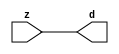

//------> /package/eda/mg/Catapult_10.3d/Mgc_home/pkgs/siflibs/mgc_in_wire_v2.v 
//------------------------------------------------------------------------------
// Catapult Synthesis - Sample I/O Port Library
//
// Copyright (c) 2003-2017 Mentor Graphics Corp.
//       All Rights Reserved
//
// This document may be used and distributed without restriction provided that
// this copyright statement is not removed from the file and that any derivative
// work contains this copyright notice.
//
// The design information contained in this file is intended to be an example
// of the functionality which the end user may study in preparation for creating
// their own custom interfaces. This design does not necessarily present a 
// complete implementation of the named protocol or standard.
//
//------------------------------------------------------------------------------


module mgc_in_wire_v2 (d, z);

  parameter integer rscid = 1;
  parameter integer width = 8;

  output [width-1:0] d;
  input  [width-1:0] z;

  wire   [width-1:0] d;

  assign d = z;

endmodule


//------> /package/eda/mg/Catapult_10.3d/Mgc_home/pkgs/siflibs/ccs_in_v1.v 
//------------------------------------------------------------------------------
// Catapult Synthesis - Sample I/O Port Library
//
// Copyright (c) 2003-2017 Mentor Graphics Corp.
//       All Rights Reserved
//
// This document may be used and distributed without restriction provided that
// this copyright statement is not removed from the file and that any derivative
// work contains this copyright notice.
//
// The design information contained in this file is intended to be an example
// of the functionality which the end user may study in preparation for creating
// their own custom interfaces. This design does not necessarily present a 
// complete implementation of the named protocol or standard.
//
//------------------------------------------------------------------------------


module ccs_in_v1 (idat, dat);

  parameter integer rscid = 1;
  parameter integer width = 8;

  output [width-1:0] idat;
  input  [width-1:0] dat;

  wire   [width-1:0] idat;

  assign idat = dat;

endmodule


//------> /package/eda/mg/Catapult_10.3d/Mgc_home/pkgs/siflibs/ccs_out_v1.v 
//------------------------------------------------------------------------------
// Catapult Synthesis - Sample I/O Port Library
//
// Copyright (c) 2003-2015 Mentor Graphics Corp.
//       All Rights Reserved
//
// This document may be used and distributed without restriction provided that
// this copyright statement is not removed from the file and that any derivative
// work contains this copyright notice.
//
// The design information contained in this file is intended to be an example
// of the functionality which the end user may study in preparation for creating
// their own custom interfaces. This design does not necessarily present a 
// complete implementation of the named protocol or standard.
//
//------------------------------------------------------------------------------

module ccs_out_v1 (dat, idat);

  parameter integer rscid = 1;
  parameter integer width = 8;

  output   [width-1:0] dat;
  input    [width-1:0] idat;

  wire     [width-1:0] dat;

  assign dat = idat;

endmodule




//------> /package/eda/mg/Catapult_10.3d/Mgc_home/pkgs/siflibs/mgc_io_sync_v2.v 
//------------------------------------------------------------------------------
// Catapult Synthesis - Sample I/O Port Library
//
// Copyright (c) 2003-2017 Mentor Graphics Corp.
//       All Rights Reserved
//
// This document may be used and distributed without restriction provided that
// this copyright statement is not removed from the file and that any derivative
// work contains this copyright notice.
//
// The design information contained in this file is intended to be an example
// of the functionality which the end user may study in preparation for creating
// their own custom interfaces. This design does not necessarily present a 
// complete implementation of the named protocol or standard.
//
//------------------------------------------------------------------------------


module mgc_io_sync_v2 (ld, lz);
    parameter valid = 0;

    input  ld;
    output lz;

    wire   lz;

    assign lz = ld;

endmodule


//------> /package/eda/mg/Catapult_10.3d/Mgc_home/pkgs/ccs_altera/hdl/M10K_DP.v 
// Memory Type:            M10K
// Operating Mode:         Simple Dual Port (2-PORT)
// Clock Mode:             Single Clock

// RTL Code RW Resolution: write-thru 
// Hardware RW Resolution: dont care 
// Catapult RW Resolution: unknown 

// HDL Work Library:       Altera_RAMS_lib
// Component Name:         M10K_DP

module M10K_DP
#(
  parameter data_width = 8,
  parameter addr_width = 7,
  parameter depth = 128 
)(
  clk, adra, adrb, wea, web, da, db, rea, reb, qa, qb
);

  input clk;                     // Rising edge clock
  input [addr_width-1:0] adra;   // Port A - Address
  input [addr_width-1:0] adrb;   // Port B - Address
  input wea;                     // Port A - Write-enable active high
  input web;                     // Port B - Write-enable active high
  input [data_width-1:0] da;     // Port A - Data In
  input [data_width-1:0] db;     // Port B - Data In
  input rea;                     // Port A - Read-enable active high
  input reb;                     // Port B - Read-enable active high
  output[data_width-1:0] qa;     // Port A - Data Out
  output[data_width-1:0] qb;     // Port B - Data Out

  reg [data_width-1:0] qa;
  reg [data_width-1:0] qb;

  (* ramstyle = "no_rw_check, M10K" *)
  reg [data_width-1:0] mem [depth-1:0]; /* synthesis syn_ramstyle = "no_rw_check, M10K" */

  always @(posedge clk) begin
    if (wea) begin
      mem[adra] <= da;
    end
    if (rea) begin
      qa <= mem[adra];
    end
  end

  always @(posedge clk) begin
    if (web) begin
      mem[adrb] <= db;
    end
    if (reb) begin
      qb <= mem[adrb] ;
    end
  end

endmodule


//------> ./rtl.v 
// ----------------------------------------------------------------------
//  HLS HDL:        Verilog Netlister
//  HLS Version:    10.3d/815731 Production Release
//  HLS Date:       Wed Apr 24 14:54:19 PDT 2019
// 
//  Generated by:   695r48@ecegrid-thin4.ecn.purdue.edu
//  Generated date: Wed Nov 10 15:49:20 2021
// ----------------------------------------------------------------------

// 
// ------------------------------------------------------------------
//  Design Unit:    fir_Altera_M10K_M10K_DP_rwport_4_16_5_32_32_16_gen
// ------------------------------------------------------------------


module fir_Altera_M10K_M10K_DP_rwport_4_16_5_32_32_16_gen (
  qb, reb, db, web, adrb, qa, rea, da, wea, adra, adra_d, wea_d, da_d, rea_d, qa_d,
      rwportA_rw_ram_ir_internal_RMASK_B_d, rwportA_rw_ram_ir_internal_WMASK_B_d
);
  input [15:0] qb;
  output reb;
  output [15:0] db;
  output web;
  output [4:0] adrb;
  input [15:0] qa;
  output rea;
  output [15:0] da;
  output wea;
  output [4:0] adra;
  input [9:0] adra_d;
  input [1:0] wea_d;
  input [31:0] da_d;
  input [1:0] rea_d;
  output [31:0] qa_d;
  input [1:0] rwportA_rw_ram_ir_internal_RMASK_B_d;
  input [1:0] rwportA_rw_ram_ir_internal_WMASK_B_d;



  // Interconnect Declarations for Component Instantiations 
  assign qa_d[31:16] = qb;
  assign reb = (rwportA_rw_ram_ir_internal_RMASK_B_d[1]);
  assign db = (da_d[31:16]);
  assign web = (rwportA_rw_ram_ir_internal_WMASK_B_d[1]);
  assign adrb = (adra_d[9:5]);
  assign qa_d[15:0] = qa;
  assign rea = (rwportA_rw_ram_ir_internal_RMASK_B_d[0]);
  assign da = (da_d[15:0]);
  assign wea = (rwportA_rw_ram_ir_internal_WMASK_B_d[0]);
  assign adra = (adra_d[4:0]);
endmodule

// ------------------------------------------------------------------
//  Design Unit:    fir_core_core_fsm
//  FSM Module
// ------------------------------------------------------------------


module fir_core_core_fsm (
  clk, rst, fsm_output, regs_vinit_C_1_tr0, MAC_C_5_tr0
);
  input clk;
  input rst;
  output [14:0] fsm_output;
  reg [14:0] fsm_output;
  input regs_vinit_C_1_tr0;
  input MAC_C_5_tr0;


  // FSM State Type Declaration for fir_core_core_fsm_1
  parameter
    core_rlp_C_0 = 4'd0,
    regs_vinit_C_0 = 4'd1,
    regs_vinit_C_1 = 4'd2,
    main_C_0 = 4'd3,
    main_C_1 = 4'd4,
    MAC_C_0 = 4'd5,
    MAC_C_1 = 4'd6,
    MAC_C_2 = 4'd7,
    MAC_C_3 = 4'd8,
    MAC_C_4 = 4'd9,
    MAC_C_5 = 4'd10,
    MAC_C_6 = 4'd11,
    MAC_C_7 = 4'd12,
    MAC_C_8 = 4'd13,
    main_C_2 = 4'd14;

  reg [3:0] state_var;
  reg [3:0] state_var_NS;


  // Interconnect Declarations for Component Instantiations 
  always @(*)
  begin : fir_core_core_fsm_1
    case (state_var)
      regs_vinit_C_0 : begin
        fsm_output = 15'b000000000000010;
        state_var_NS = regs_vinit_C_1;
      end
      regs_vinit_C_1 : begin
        fsm_output = 15'b000000000000100;
        if ( regs_vinit_C_1_tr0 ) begin
          state_var_NS = regs_vinit_C_0;
        end
        else begin
          state_var_NS = main_C_0;
        end
      end
      main_C_0 : begin
        fsm_output = 15'b000000000001000;
        state_var_NS = main_C_1;
      end
      main_C_1 : begin
        fsm_output = 15'b000000000010000;
        state_var_NS = MAC_C_0;
      end
      MAC_C_0 : begin
        fsm_output = 15'b000000000100000;
        state_var_NS = MAC_C_1;
      end
      MAC_C_1 : begin
        fsm_output = 15'b000000001000000;
        state_var_NS = MAC_C_2;
      end
      MAC_C_2 : begin
        fsm_output = 15'b000000010000000;
        state_var_NS = MAC_C_3;
      end
      MAC_C_3 : begin
        fsm_output = 15'b000000100000000;
        state_var_NS = MAC_C_4;
      end
      MAC_C_4 : begin
        fsm_output = 15'b000001000000000;
        state_var_NS = MAC_C_5;
      end
      MAC_C_5 : begin
        fsm_output = 15'b000010000000000;
        if ( MAC_C_5_tr0 ) begin
          state_var_NS = main_C_2;
        end
        else begin
          state_var_NS = MAC_C_6;
        end
      end
      MAC_C_6 : begin
        fsm_output = 15'b000100000000000;
        state_var_NS = MAC_C_7;
      end
      MAC_C_7 : begin
        fsm_output = 15'b001000000000000;
        state_var_NS = MAC_C_8;
      end
      MAC_C_8 : begin
        fsm_output = 15'b010000000000000;
        state_var_NS = MAC_C_0;
      end
      main_C_2 : begin
        fsm_output = 15'b100000000000000;
        state_var_NS = main_C_0;
      end
      // core_rlp_C_0
      default : begin
        fsm_output = 15'b000000000000001;
        state_var_NS = regs_vinit_C_0;
      end
    endcase
  end

  always @(posedge clk) begin
    if ( rst ) begin
      state_var <= core_rlp_C_0;
    end
    else begin
      state_var <= state_var_NS;
    end
  end

endmodule

// ------------------------------------------------------------------
//  Design Unit:    fir_core
// ------------------------------------------------------------------


module fir_core (
  clk, rst, coeffs_rsc_z, coeffs_rsc_triosy_lz, in1_rsc_dat, in1_rsc_triosy_lz, out1_rsc_dat,
      out1_rsc_triosy_lz, regs_rsci_adra_d, regs_rsci_wea_d, regs_rsci_da_d, regs_rsci_rea_d,
      regs_rsci_qa_d, regs_rsci_rwportA_rw_ram_ir_internal_RMASK_B_d, regs_rsci_rwportA_rw_ram_ir_internal_WMASK_B_d
);
  input clk;
  input rst;
  input [511:0] coeffs_rsc_z;
  output coeffs_rsc_triosy_lz;
  input [15:0] in1_rsc_dat;
  output in1_rsc_triosy_lz;
  output [15:0] out1_rsc_dat;
  output out1_rsc_triosy_lz;
  output [9:0] regs_rsci_adra_d;
  output [1:0] regs_rsci_wea_d;
  output [15:0] regs_rsci_da_d;
  output [1:0] regs_rsci_rea_d;
  input [31:0] regs_rsci_qa_d;
  output [1:0] regs_rsci_rwportA_rw_ram_ir_internal_RMASK_B_d;
  output [1:0] regs_rsci_rwportA_rw_ram_ir_internal_WMASK_B_d;


  // Interconnect Declarations
  wire [511:0] coeffs_rsci_d;
  wire [15:0] in1_rsci_idat;
  reg [15:0] out1_rsci_idat;
  wire [14:0] fsm_output;
  wire [4:0] MAC_6_else_acc_tmp;
  wire [5:0] nl_MAC_6_else_acc_tmp;
  wire or_dcpl_14;
  wire or_dcpl_15;
  wire or_dcpl_16;
  wire or_tmp_51;
  wire [4:0] wptr_4_0_5_lpi_2_dfm_mx0w1;
  wire [4:0] wptr_4_0_4_lpi_2_dfm_1;
  reg [4:0] wptr_4_0_4_sva_1;
  wire [4:0] wptr_4_0_3_lpi_2_dfm_mx0w1;
  wire [4:0] wptr_4_0_lpi_2_dfm_1;
  reg [4:0] wptr_4_0_1_sva;
  reg [5:0] MAC_i_5_0_5_sva;
  wire [6:0] nl_MAC_i_5_0_5_sva;
  reg regs_regs_nor_itm;
  wire [4:0] wptr_4_0_6_lpi_2_dfm_mx0w2;
  wire [4:0] wptr_4_0_2_lpi_2_dfm_1;
  reg [4:0] regs_acc_itm;
  reg MAC_MAC_nor_11_itm;
  wire or_33_seb;
  reg reg_out1_rsc_triosy_obj_ld_cse;
  wire MAC_i_or_cse;
  wire reg_out1_out1_and_cse;
  reg [1:0] MAC_i_4_0_sva_4_3;
  reg MAC_i_4_0_sva_2;
  reg [1:0] MAC_i_4_0_sva_1_0;
  wire [4:0] MAC_1_acc_2_psp_sva_1;
  wire [5:0] nl_MAC_1_acc_2_psp_sva_1;
  wire [4:0] MAC_2_acc_2_psp_sva_1;
  wire [5:0] nl_MAC_2_acc_2_psp_sva_1;
  wire regs_and_cse;
  wire or_31_cse;
  wire regs_regs_or_rmff;
  wire or_93_tmp;
  wire [4:0] z_out;
  wire [5:0] nl_z_out;
  wire [4:0] z_out_1;
  wire [5:0] nl_z_out_1;
  wire [29:0] z_out_2;
  wire [30:0] nl_z_out_2;
  wire [15:0] z_out_3;
  wire [29:0] z_out_4;
  wire signed [31:0] nl_z_out_4;
  wire [29:0] z_out_5;
  wire signed [31:0] nl_z_out_5;
  wire [29:0] z_out_6;
  wire signed [31:0] nl_z_out_6;
  reg [29:0] acc_32_3_1_sva;
  reg [15:0] MAC_mux_itm;
  reg [29:0] MAC_3_mul_itm;
  reg [15:0] MAC_slc_regs_rsci_qa_d_31_16_itm;
  reg [15:0] MAC_mux_7_itm;
  reg [15:0] MAC_mux_8_itm;
  reg [29:0] MAC_2_mul_itm;
  reg [15:0] MAC_mux_10_itm;
  reg [15:0] MAC_slc_regs_rsci_qa_d_15_0_2_itm;
  reg [15:0] MAC_mux_11_itm;
  reg [15:0] MAC_mux_12_itm;
  reg [4:0] MAC_7_acc_2_itm;
  wire [5:0] nl_MAC_7_acc_2_itm;
  wire [4:0] MAC_3_acc_2_psp_sva_1;
  wire [5:0] nl_MAC_3_acc_2_psp_sva_1;
  wire [4:0] MAC_5_acc_2_psp_sva_1;
  wire [5:0] nl_MAC_5_acc_2_psp_sva_1;
  wire [29:0] acc_32_3_5_sva_1;
  wire [30:0] nl_acc_32_3_5_sva_1;
  reg [383:0] MAC_io_read_coeffs_rsc_cse_sva_447_64;
  wire or_83_tmp;

  wire[4:0] mux_nl;
  wire[0:0] and_164_nl;
  wire[0:0] not_52_nl;
  wire[4:0] MAC_3_else_acc_nl;
  wire[5:0] nl_MAC_3_else_acc_nl;
  wire[4:0] MAC_MAC_or_6_nl;
  wire[0:0] MAC_MAC_nor_12_nl;
  wire[0:0] MAC_and_10_nl;
  wire[0:0] MAC_and_11_nl;
  wire[0:0] MAC_and_12_nl;
  wire[0:0] MAC_and_13_nl;
  wire[0:0] MAC_and_14_nl;
  wire[0:0] MAC_and_5_nl;
  wire[0:0] MAC_and_6_nl;
  wire[0:0] MAC_and_7_nl;
  wire[0:0] MAC_and_8_nl;
  wire[0:0] MAC_and_9_nl;
  wire[0:0] MAC_MAC_nor_8_nl;
  wire[0:0] MAC_MAC_nor_11_nl;
  wire[0:0] MAC_and_nl;
  wire[0:0] MAC_and_1_nl;
  wire[0:0] MAC_and_2_nl;
  wire[0:0] MAC_and_3_nl;
  wire[0:0] MAC_and_4_nl;
  wire[0:0] MAC_and_19_nl;
  wire[0:0] MAC_and_20_nl;
  wire[0:0] MAC_and_21_nl;
  wire[0:0] MAC_and_22_nl;
  wire[29:0] MAC_acc_3_nl;
  wire[30:0] nl_MAC_acc_3_nl;
  wire[29:0] MAC_acc_5_nl;
  wire[30:0] nl_MAC_acc_5_nl;
  wire[0:0] MAC_and_15_nl;
  wire[0:0] MAC_and_16_nl;
  wire[0:0] MAC_and_17_nl;
  wire[29:0] MAC_acc_6_nl;
  wire[30:0] nl_MAC_acc_6_nl;
  wire[0:0] MAC_MAC_nor_7_nl;
  wire[4:0] MAC_5_else_acc_nl;
  wire[5:0] nl_MAC_5_else_acc_nl;
  wire[0:0] MAC_MAC_nor_10_nl;
  wire[4:0] MAC_4_else_acc_nl;
  wire[5:0] nl_MAC_4_else_acc_nl;
  wire[0:0] MAC_MAC_nor_9_nl;
  wire[0:0] MAC_MAC_nor_nl;
  wire[29:0] MAC_acc_nl;
  wire[30:0] nl_MAC_acc_nl;
  wire[4:0] regs_mux1h_1_nl;
  wire[4:0] regs_mux1h_5_nl;
  wire[0:0] regs_or_2_nl;
  wire[4:0] else_mux_2_nl;
  wire[4:0] regs_mux1h_7_nl;
  wire[29:0] MAC_mux_25_nl;
  wire[29:0] MAC_4_mul_1_nl;
  wire signed [31:0] nl_MAC_4_mul_1_nl;
  wire[15:0] MAC_mux_26_nl;
  wire[15:0] MAC_mux_27_nl;
  wire[15:0] MAC_mux_28_nl;
  wire[15:0] MAC_mux_29_nl;
  wire[4:0] MAC_mux_30_nl;

  // Interconnect Declarations for Component Instantiations 
  wire [0:0] nl_fir_core_core_fsm_inst_regs_vinit_C_1_tr0;
  assign nl_fir_core_core_fsm_inst_regs_vinit_C_1_tr0 = ~ regs_regs_nor_itm;
  wire [0:0] nl_fir_core_core_fsm_inst_MAC_C_5_tr0;
  assign nl_fir_core_core_fsm_inst_MAC_C_5_tr0 = MAC_i_5_0_5_sva[5];
  mgc_in_wire_v2 #(.rscid(32'sd1),
  .width(32'sd512)) coeffs_rsci (
      .d(coeffs_rsci_d),
      .z(coeffs_rsc_z)
    );
  ccs_in_v1 #(.rscid(32'sd2),
  .width(32'sd16)) in1_rsci (
      .dat(in1_rsc_dat),
      .idat(in1_rsci_idat)
    );
  ccs_out_v1 #(.rscid(32'sd3),
  .width(32'sd16)) out1_rsci (
      .idat(out1_rsci_idat),
      .dat(out1_rsc_dat)
    );
  mgc_io_sync_v2 #(.valid(32'sd0)) coeffs_rsc_triosy_obj (
      .ld(reg_out1_rsc_triosy_obj_ld_cse),
      .lz(coeffs_rsc_triosy_lz)
    );
  mgc_io_sync_v2 #(.valid(32'sd0)) in1_rsc_triosy_obj (
      .ld(reg_out1_rsc_triosy_obj_ld_cse),
      .lz(in1_rsc_triosy_lz)
    );
  mgc_io_sync_v2 #(.valid(32'sd0)) out1_rsc_triosy_obj (
      .ld(reg_out1_rsc_triosy_obj_ld_cse),
      .lz(out1_rsc_triosy_lz)
    );
  fir_core_core_fsm fir_core_core_fsm_inst (
      .clk(clk),
      .rst(rst),
      .fsm_output(fsm_output),
      .regs_vinit_C_1_tr0(nl_fir_core_core_fsm_inst_regs_vinit_C_1_tr0[0:0]),
      .MAC_C_5_tr0(nl_fir_core_core_fsm_inst_MAC_C_5_tr0[0:0])
    );
  assign reg_out1_out1_and_cse = (fsm_output[10]) & (MAC_i_5_0_5_sva[5]);
  assign or_31_cse = (fsm_output[3]) | (fsm_output[1]);
  assign regs_and_cse = (fsm_output[2]) & regs_regs_nor_itm;
  assign or_93_tmp = regs_and_cse | ((regs_acc_itm==5'b11111) & (fsm_output[14]));
  assign MAC_i_or_cse = (fsm_output[4]) | (fsm_output[10]);
  assign or_83_tmp = or_dcpl_14 | or_dcpl_15;
  assign MAC_MAC_nor_7_nl = ~((wptr_4_0_2_lpi_2_dfm_1!=5'b00000));
  assign wptr_4_0_3_lpi_2_dfm_mx0w1 = MUX_v_5_2_2(z_out_1, 5'b11111, (MAC_MAC_nor_7_nl));
  assign nl_MAC_5_else_acc_nl = wptr_4_0_5_lpi_2_dfm_mx0w1 + 5'b11111;
  assign MAC_5_else_acc_nl = nl_MAC_5_else_acc_nl[4:0];
  assign MAC_MAC_nor_10_nl = ~((wptr_4_0_5_lpi_2_dfm_mx0w1!=5'b00000));
  assign wptr_4_0_6_lpi_2_dfm_mx0w2 = MUX_v_5_2_2((MAC_5_else_acc_nl), 5'b11111,
      (MAC_MAC_nor_10_nl));
  assign nl_MAC_4_else_acc_nl = wptr_4_0_4_lpi_2_dfm_1 + 5'b11111;
  assign MAC_4_else_acc_nl = nl_MAC_4_else_acc_nl[4:0];
  assign MAC_MAC_nor_9_nl = ~((wptr_4_0_4_lpi_2_dfm_1!=5'b00000));
  assign wptr_4_0_5_lpi_2_dfm_mx0w1 = MUX_v_5_2_2((MAC_4_else_acc_nl), 5'b11111,
      (MAC_MAC_nor_9_nl));
  assign MAC_MAC_nor_nl = ~((wptr_4_0_1_sva!=5'b00000));
  assign wptr_4_0_2_lpi_2_dfm_1 = MUX_v_5_2_2(MAC_6_else_acc_tmp, 5'b11111, (MAC_MAC_nor_nl));
  assign nl_MAC_6_else_acc_tmp = wptr_4_0_1_sva + 5'b11111;
  assign MAC_6_else_acc_tmp = nl_MAC_6_else_acc_tmp[4:0];
  assign nl_MAC_3_acc_2_psp_sva_1 = MAC_2_acc_2_psp_sva_1 + 5'b00001;
  assign MAC_3_acc_2_psp_sva_1 = nl_MAC_3_acc_2_psp_sva_1[4:0];
  assign nl_MAC_1_acc_2_psp_sva_1 = ({MAC_i_4_0_sva_4_3 , MAC_i_4_0_sva_2 , MAC_i_4_0_sva_1_0})
      + 5'b00001;
  assign MAC_1_acc_2_psp_sva_1 = nl_MAC_1_acc_2_psp_sva_1[4:0];
  assign nl_MAC_2_acc_2_psp_sva_1 = MAC_1_acc_2_psp_sva_1 + 5'b00001;
  assign MAC_2_acc_2_psp_sva_1 = nl_MAC_2_acc_2_psp_sva_1[4:0];
  assign wptr_4_0_4_lpi_2_dfm_1 = MUX_v_5_2_2(wptr_4_0_4_sva_1, 5'b11111, MAC_MAC_nor_11_itm);
  assign nl_MAC_5_acc_2_psp_sva_1 = (MAC_i_5_0_5_sva[4:0]) + 5'b00001;
  assign MAC_5_acc_2_psp_sva_1 = nl_MAC_5_acc_2_psp_sva_1[4:0];
  assign wptr_4_0_lpi_2_dfm_1 = MUX_v_5_2_2(MAC_6_else_acc_tmp, 5'b11111, MAC_MAC_nor_11_itm);
  assign nl_MAC_acc_nl = MAC_3_mul_itm + acc_32_3_1_sva;
  assign MAC_acc_nl = nl_MAC_acc_nl[29:0];
  assign nl_acc_32_3_5_sva_1 = (MAC_acc_nl) + MAC_2_mul_itm;
  assign acc_32_3_5_sva_1 = nl_acc_32_3_5_sva_1[29:0];
  assign or_dcpl_14 = (fsm_output[9:8]!=2'b00);
  assign or_dcpl_15 = (fsm_output[7]) | (fsm_output[10]);
  assign or_dcpl_16 = (fsm_output[9]) | (fsm_output[6]);
  assign or_tmp_51 = or_dcpl_14 | (fsm_output[7]);
  assign regs_regs_or_rmff = (fsm_output[8:5]!=4'b0000);
  assign or_33_seb = (fsm_output[7:5]!=3'b000);
  assign regs_mux1h_1_nl = MUX1HOT_v_5_3_2(wptr_4_0_1_sva, wptr_4_0_4_lpi_2_dfm_1,
      wptr_4_0_4_sva_1, {(fsm_output[5]) , (fsm_output[6]) , (fsm_output[7])});
  assign regs_or_2_nl = (fsm_output[6]) | (fsm_output[8]);
  assign regs_mux1h_5_nl = MUX1HOT_v_5_4_2(regs_acc_itm, wptr_4_0_2_lpi_2_dfm_1,
      wptr_4_0_1_sva, wptr_4_0_lpi_2_dfm_1, {or_31_cse , (fsm_output[5]) , (regs_or_2_nl)
      , (fsm_output[7])});
  assign regs_rsci_adra_d = {(regs_mux1h_1_nl) , (regs_mux1h_5_nl)};
  assign regs_rsci_wea_d = {1'b0 , or_31_cse};
  assign regs_rsci_rea_d = {or_33_seb , regs_regs_or_rmff};
  assign regs_rsci_rwportA_rw_ram_ir_internal_RMASK_B_d = {or_33_seb , regs_regs_or_rmff};
  assign regs_rsci_rwportA_rw_ram_ir_internal_WMASK_B_d = {1'b0 , or_31_cse};
  assign regs_rsci_da_d = MUX_v_16_2_2(16'b0000000000000000, in1_rsci_idat, (fsm_output[3]));
  always @(posedge clk) begin
    if ( rst ) begin
      reg_out1_rsc_triosy_obj_ld_cse <= 1'b0;
      regs_regs_nor_itm <= 1'b0;
      MAC_i_4_0_sva_2 <= 1'b0;
      wptr_4_0_4_sva_1 <= 5'b00000;
      MAC_io_read_coeffs_rsc_cse_sva_447_64 <= 384'b000000000000000000000000000000000000000000000000000000000000000000000000000000000000000000000000000000000000000000000000000000000000000000000000000000000000000000000000000000000000000000000000000000000000000000000000000000000000000000000000000000000000000000000000000000000000000000000000000000000000000000000000000000000000000000000000000000000000000000000000000000000000000000000000;
      MAC_MAC_nor_11_itm <= 1'b0;
    end
    else begin
      reg_out1_rsc_triosy_obj_ld_cse <= reg_out1_out1_and_cse;
      regs_regs_nor_itm <= ~((regs_acc_itm!=5'b00000));
      MAC_i_4_0_sva_2 <= fsm_output[13];
      wptr_4_0_4_sva_1 <= MUX1HOT_v_5_4_2((MAC_3_else_acc_nl), wptr_4_0_5_lpi_2_dfm_mx0w1,
          (MAC_MAC_or_6_nl), wptr_4_0_4_sva_1, {(fsm_output[5]) , (fsm_output[6])
          , (fsm_output[7]) , or_dcpl_14});
      MAC_io_read_coeffs_rsc_cse_sva_447_64 <= coeffs_rsci_d[447:64];
      MAC_MAC_nor_11_itm <= MUX_s_1_2_2((MAC_MAC_nor_8_nl), (MAC_MAC_nor_11_nl),
          fsm_output[6]);
    end
  end
  always @(posedge clk) begin
    if ( rst ) begin
      out1_rsci_idat <= 16'b0000000000000000;
    end
    else if ( reg_out1_out1_and_cse ) begin
      out1_rsci_idat <= acc_32_3_5_sva_1[29:14];
    end
  end
  always @(posedge clk) begin
    if ( rst ) begin
      regs_acc_itm <= 5'b11111;
    end
    else if ( regs_and_cse | (fsm_output[1]) | (fsm_output[14]) ) begin
      regs_acc_itm <= MUX_v_5_2_2(5'b00000, (mux_nl), (not_52_nl));
    end
  end
  always @(posedge clk) begin
    if ( rst ) begin
      wptr_4_0_1_sva <= 5'b00000;
    end
    else if ( (fsm_output[4]) | (fsm_output[5]) | (fsm_output[6]) | (fsm_output[10])
        ) begin
      wptr_4_0_1_sva <= MUX1HOT_v_5_4_2(regs_acc_itm, wptr_4_0_3_lpi_2_dfm_mx0w1,
          wptr_4_0_6_lpi_2_dfm_mx0w2, wptr_4_0_4_sva_1, {(fsm_output[4]) , (fsm_output[5])
          , (fsm_output[6]) , (fsm_output[10])});
    end
  end
  always @(posedge clk) begin
    if ( rst ) begin
      acc_32_3_1_sva <= 30'b000000000000000000000000000000;
    end
    else if ( (fsm_output[13]) | (fsm_output[4]) ) begin
      acc_32_3_1_sva <= MUX_v_30_2_2(30'b000000000000000000000000000000, z_out_2,
          (fsm_output[13]));
    end
  end
  always @(posedge clk) begin
    if ( rst ) begin
      MAC_i_4_0_sva_4_3 <= 2'b00;
      MAC_i_4_0_sva_1_0 <= 2'b00;
    end
    else if ( MAC_i_or_cse ) begin
      MAC_i_4_0_sva_4_3 <= MUX_v_2_2_2(2'b00, (MAC_7_acc_2_itm[4:3]), (fsm_output[10]));
      MAC_i_4_0_sva_1_0 <= MUX_v_2_2_2(2'b00, (MAC_7_acc_2_itm[1:0]), (fsm_output[10]));
    end
  end
  always @(posedge clk) begin
    if ( rst ) begin
      MAC_i_5_0_5_sva <= 6'b000000;
    end
    else if ( fsm_output[5] ) begin
      MAC_i_5_0_5_sva <= nl_MAC_i_5_0_5_sva[5:0];
    end
  end
  always @(posedge clk) begin
    if ( rst ) begin
      MAC_mux_7_itm <= 16'b0000000000000000;
    end
    else if ( fsm_output[5] ) begin
      MAC_mux_7_itm <= z_out_3;
    end
  end
  always @(posedge clk) begin
    if ( rst ) begin
      MAC_mux_8_itm <= 16'b0000000000000000;
    end
    else if ( ~(or_dcpl_16 | or_dcpl_15) ) begin
      MAC_mux_8_itm <= MUX1HOT_v_16_6_2((coeffs_rsci_d[15:0]), (coeffs_rsci_d[127:112]),
          (coeffs_rsci_d[239:224]), (coeffs_rsci_d[351:336]), (coeffs_rsci_d[463:448]),
          (regs_rsci_qa_d[15:0]), {(MAC_and_10_nl) , (MAC_and_11_nl) , (MAC_and_12_nl)
          , (MAC_and_13_nl) , (MAC_and_14_nl) , (fsm_output[8])});
    end
  end
  always @(posedge clk) begin
    if ( rst ) begin
      MAC_mux_itm <= 16'b0000000000000000;
    end
    else if ( ~ or_dcpl_16 ) begin
      MAC_mux_itm <= MUX1HOT_v_16_6_2((coeffs_rsci_d[47:32]), (coeffs_rsci_d[159:144]),
          (coeffs_rsci_d[271:256]), (coeffs_rsci_d[383:368]), (coeffs_rsci_d[495:480]),
          (regs_rsci_qa_d[31:16]), {(MAC_and_5_nl) , (MAC_and_6_nl) , (MAC_and_7_nl)
          , (MAC_and_8_nl) , (MAC_and_9_nl) , (fsm_output[8])});
    end
  end
  always @(posedge clk) begin
    if ( rst ) begin
      MAC_mux_10_itm <= 16'b0000000000000000;
    end
    else if ( ~ or_tmp_51 ) begin
      MAC_mux_10_itm <= MUX1HOT_v_16_9_2((coeffs_rsci_d[31:16]), (coeffs_rsci_d[143:128]),
          (coeffs_rsci_d[255:240]), (coeffs_rsci_d[367:352]), (coeffs_rsci_d[479:464]),
          (MAC_io_read_coeffs_rsc_cse_sva_447_64[15:0]), (MAC_io_read_coeffs_rsc_cse_sva_447_64[127:112]),
          (MAC_io_read_coeffs_rsc_cse_sva_447_64[239:224]), (MAC_io_read_coeffs_rsc_cse_sva_447_64[351:336]),
          {(MAC_and_nl) , (MAC_and_1_nl) , (MAC_and_2_nl) , (MAC_and_3_nl) , (MAC_and_4_nl)
          , (MAC_and_19_nl) , (MAC_and_20_nl) , (MAC_and_21_nl) , (MAC_and_22_nl)});
    end
  end
  always @(posedge clk) begin
    if ( rst ) begin
      MAC_2_mul_itm <= 30'b000000000000000000000000000000;
    end
    else if ( (fsm_output[11]) | (fsm_output[12]) | (fsm_output[6]) | (fsm_output[8])
        ) begin
      MAC_2_mul_itm <= MUX1HOT_v_30_4_2(z_out_4, (MAC_acc_3_nl), z_out_6, (MAC_acc_5_nl),
          {(fsm_output[6]) , (fsm_output[8]) , (fsm_output[11]) , (fsm_output[12])});
    end
  end
  always @(posedge clk) begin
    if ( rst ) begin
      MAC_mux_11_itm <= 16'b0000000000000000;
    end
    else if ( ~((fsm_output[11]) | (fsm_output[9]) | (fsm_output[8]) | or_dcpl_15)
        ) begin
      MAC_mux_11_itm <= z_out_3;
    end
  end
  always @(posedge clk) begin
    if ( rst ) begin
      MAC_mux_12_itm <= 16'b0000000000000000;
    end
    else if ( ~ or_83_tmp ) begin
      MAC_mux_12_itm <= MUX1HOT_v_16_4_2((MAC_io_read_coeffs_rsc_cse_sva_447_64[47:32]),
          (MAC_io_read_coeffs_rsc_cse_sva_447_64[159:144]), (MAC_io_read_coeffs_rsc_cse_sva_447_64[271:256]),
          (MAC_io_read_coeffs_rsc_cse_sva_447_64[383:368]), {(MAC_and_15_nl) , (MAC_and_16_nl)
          , (MAC_and_17_nl) , (~ (z_out[2]))});
    end
  end
  always @(posedge clk) begin
    if ( rst ) begin
      MAC_7_acc_2_itm <= 5'b00000;
    end
    else if ( ~ or_tmp_51 ) begin
      MAC_7_acc_2_itm <= nl_MAC_7_acc_2_itm[4:0];
    end
  end
  always @(posedge clk) begin
    if ( rst ) begin
      MAC_slc_regs_rsci_qa_d_15_0_2_itm <= 16'b0000000000000000;
    end
    else if ( ~((fsm_output[11]) | (fsm_output[7]) | (fsm_output[10])) ) begin
      MAC_slc_regs_rsci_qa_d_15_0_2_itm <= MUX_v_16_2_2((regs_rsci_qa_d[31:16]),
          (regs_rsci_qa_d[15:0]), fsm_output[9]);
    end
  end
  always @(posedge clk) begin
    if ( rst ) begin
      MAC_3_mul_itm <= 30'b000000000000000000000000000000;
    end
    else if ( (fsm_output[9]) | (fsm_output[7]) | (fsm_output[10]) ) begin
      MAC_3_mul_itm <= MUX1HOT_v_30_3_2(z_out_4, z_out_2, (MAC_acc_6_nl), {(fsm_output[7])
          , (fsm_output[9]) , (fsm_output[10])});
    end
  end
  always @(posedge clk) begin
    if ( rst ) begin
      MAC_slc_regs_rsci_qa_d_31_16_itm <= 16'b0000000000000000;
    end
    else if ( fsm_output[7] ) begin
      MAC_slc_regs_rsci_qa_d_31_16_itm <= regs_rsci_qa_d[31:16];
    end
  end
  assign nl_MAC_3_else_acc_nl = wptr_4_0_3_lpi_2_dfm_mx0w1 + 5'b11111;
  assign MAC_3_else_acc_nl = nl_MAC_3_else_acc_nl[4:0];
  assign MAC_MAC_nor_12_nl = ~((wptr_4_0_lpi_2_dfm_1!=5'b00000));
  assign MAC_MAC_or_6_nl = MUX_v_5_2_2(z_out_1, 5'b11111, (MAC_MAC_nor_12_nl));
  assign MAC_MAC_nor_8_nl = ~((wptr_4_0_3_lpi_2_dfm_mx0w1!=5'b00000));
  assign MAC_MAC_nor_11_nl = ~((wptr_4_0_6_lpi_2_dfm_mx0w2!=5'b00000));
  assign and_164_nl = (fsm_output[14]) & (~ or_93_tmp);
  assign mux_nl = MUX_v_5_2_2(z_out_1, z_out, and_164_nl);
  assign not_52_nl = ~ or_93_tmp;
  assign nl_MAC_i_5_0_5_sva  = conv_u2s_5_6(MAC_3_acc_2_psp_sva_1) + 6'b000001;
  assign MAC_and_10_nl = (~((MAC_i_4_0_sva_4_3!=2'b00) | MAC_i_4_0_sva_2 | (MAC_i_4_0_sva_1_0!=2'b00)))
      & (fsm_output[5]);
  assign MAC_and_11_nl = MAC_i_4_0_sva_2 & (MAC_i_4_0_sva_1_0==2'b11) & (MAC_i_4_0_sva_4_3==2'b00)
      & (fsm_output[5]);
  assign MAC_and_12_nl = (MAC_i_4_0_sva_4_3[0]) & MAC_i_4_0_sva_2 & (MAC_i_4_0_sva_1_0[1])
      & (~((MAC_i_4_0_sva_4_3[1]) | (MAC_i_4_0_sva_1_0[0]))) & (fsm_output[5]);
  assign MAC_and_13_nl = (MAC_i_4_0_sva_4_3[1]) & MAC_i_4_0_sva_2 & (MAC_i_4_0_sva_1_0[0])
      & (~((MAC_i_4_0_sva_4_3[0]) | (MAC_i_4_0_sva_1_0[1]))) & (fsm_output[5]);
  assign MAC_and_14_nl = (MAC_i_4_0_sva_4_3==2'b11) & MAC_i_4_0_sva_2 & (MAC_i_4_0_sva_1_0==2'b00)
      & (fsm_output[5]);
  assign MAC_and_5_nl = (MAC_2_acc_2_psp_sva_1==5'b00010) & (fsm_output[5]);
  assign MAC_and_6_nl = (MAC_2_acc_2_psp_sva_1==5'b01001) & (fsm_output[5]);
  assign MAC_and_7_nl = (MAC_2_acc_2_psp_sva_1==5'b10000) & (fsm_output[5]);
  assign MAC_and_8_nl = (MAC_2_acc_2_psp_sva_1==5'b10111) & (fsm_output[5]);
  assign MAC_and_9_nl = (MAC_2_acc_2_psp_sva_1==5'b11110) & (fsm_output[5]);
  assign MAC_and_nl = (MAC_1_acc_2_psp_sva_1==5'b00001) & (fsm_output[5]);
  assign MAC_and_1_nl = (MAC_1_acc_2_psp_sva_1==5'b01000) & (fsm_output[5]);
  assign MAC_and_2_nl = (MAC_1_acc_2_psp_sva_1==5'b01111) & (fsm_output[5]);
  assign MAC_and_3_nl = (MAC_1_acc_2_psp_sva_1==5'b10110) & (fsm_output[5]);
  assign MAC_and_4_nl = (MAC_1_acc_2_psp_sva_1==5'b11101) & (fsm_output[5]);
  assign MAC_and_19_nl = (MAC_i_5_0_5_sva[4:0]==5'b00100) & (fsm_output[6]);
  assign MAC_and_20_nl = (MAC_i_5_0_5_sva[4:0]==5'b01011) & (fsm_output[6]);
  assign MAC_and_21_nl = (MAC_i_5_0_5_sva[4:0]==5'b10010) & (fsm_output[6]);
  assign MAC_and_22_nl = (MAC_i_5_0_5_sva[4:0]==5'b11001) & (fsm_output[6]);
  assign nl_MAC_acc_3_nl = z_out_5 + MAC_2_mul_itm;
  assign MAC_acc_3_nl = nl_MAC_acc_3_nl[29:0];
  assign nl_MAC_acc_5_nl = z_out_5 + MAC_2_mul_itm;
  assign MAC_acc_5_nl = nl_MAC_acc_5_nl[29:0];
  assign MAC_and_15_nl = (z_out==5'b00110) & (~ or_83_tmp);
  assign MAC_and_16_nl = (z_out==5'b01101) & (~ or_83_tmp);
  assign MAC_and_17_nl = (z_out==5'b10100) & (~ or_83_tmp);
  assign nl_MAC_7_acc_2_itm  = z_out + 5'b00001;
  assign nl_MAC_acc_6_nl = acc_32_3_5_sva_1 + z_out_6;
  assign MAC_acc_6_nl = nl_MAC_acc_6_nl[29:0];
  assign else_mux_2_nl = MUX_v_5_2_2(regs_acc_itm, MAC_5_acc_2_psp_sva_1, fsm_output[6]);
  assign nl_z_out = (else_mux_2_nl) + 5'b00001;
  assign z_out = nl_z_out[4:0];
  assign regs_mux1h_7_nl = MUX1HOT_v_5_3_2(regs_acc_itm, wptr_4_0_lpi_2_dfm_1, wptr_4_0_2_lpi_2_dfm_1,
      {(fsm_output[1]) , (fsm_output[7]) , (fsm_output[5])});
  assign nl_z_out_1 = (regs_mux1h_7_nl) + 5'b11111;
  assign z_out_1 = nl_z_out_1[4:0];
  assign nl_MAC_4_mul_1_nl = $signed(MAC_slc_regs_rsci_qa_d_31_16_itm) * $signed(MAC_mux_7_itm);
  assign MAC_4_mul_1_nl = nl_MAC_4_mul_1_nl[29:0];
  assign MAC_mux_25_nl = MUX_v_30_2_2(MAC_2_mul_itm, (MAC_4_mul_1_nl), fsm_output[9]);
  assign nl_z_out_2 = MAC_3_mul_itm + (MAC_mux_25_nl);
  assign z_out_2 = nl_z_out_2[29:0];
  assign MAC_mux_26_nl = MUX_v_16_2_2(MAC_mux_10_itm, MAC_mux_itm, fsm_output[7]);
  assign nl_z_out_4 = $signed((regs_rsci_qa_d[15:0])) * $signed((MAC_mux_26_nl));
  assign z_out_4 = nl_z_out_4[29:0];
  assign MAC_mux_27_nl = MUX_v_16_2_2(MAC_mux_8_itm, MAC_mux_11_itm, fsm_output[12]);
  assign nl_z_out_5 = $signed(MAC_slc_regs_rsci_qa_d_15_0_2_itm) * $signed((MAC_mux_27_nl));
  assign z_out_5 = nl_z_out_5[29:0];
  assign MAC_mux_28_nl = MUX_v_16_2_2(MAC_mux_8_itm, MAC_mux_itm, fsm_output[10]);
  assign MAC_mux_29_nl = MUX_v_16_2_2(MAC_mux_12_itm, MAC_mux_10_itm, fsm_output[10]);
  assign nl_z_out_6 = $signed((MAC_mux_28_nl)) * $signed((MAC_mux_29_nl));
  assign z_out_6 = nl_z_out_6[29:0];
  assign MAC_mux_30_nl = MUX_v_5_2_2(MAC_3_acc_2_psp_sva_1, MAC_5_acc_2_psp_sva_1,
      fsm_output[6]);
  assign z_out_3 = MUX_v_16_32_2x0x1x2x4x6x7x8x9x11x13x14x15x16x18x20x21x22x23x25x27x28x29x30((coeffs_rsci_d[63:48]),
      (MAC_io_read_coeffs_rsc_cse_sva_447_64[31:16]), (coeffs_rsci_d[175:160]), (MAC_io_read_coeffs_rsc_cse_sva_447_64[143:128]),
      (coeffs_rsci_d[287:272]), (MAC_io_read_coeffs_rsc_cse_sva_447_64[255:240]),
      (coeffs_rsci_d[399:384]), (MAC_io_read_coeffs_rsc_cse_sva_447_64[367:352]),
      (coeffs_rsci_d[511:496]), MAC_mux_30_nl);

  function automatic [15:0] MUX1HOT_v_16_4_2;
    input [15:0] input_3;
    input [15:0] input_2;
    input [15:0] input_1;
    input [15:0] input_0;
    input [3:0] sel;
    reg [15:0] result;
  begin
    result = input_0 & {16{sel[0]}};
    result = result | ( input_1 & {16{sel[1]}});
    result = result | ( input_2 & {16{sel[2]}});
    result = result | ( input_3 & {16{sel[3]}});
    MUX1HOT_v_16_4_2 = result;
  end
  endfunction


  function automatic [15:0] MUX1HOT_v_16_6_2;
    input [15:0] input_5;
    input [15:0] input_4;
    input [15:0] input_3;
    input [15:0] input_2;
    input [15:0] input_1;
    input [15:0] input_0;
    input [5:0] sel;
    reg [15:0] result;
  begin
    result = input_0 & {16{sel[0]}};
    result = result | ( input_1 & {16{sel[1]}});
    result = result | ( input_2 & {16{sel[2]}});
    result = result | ( input_3 & {16{sel[3]}});
    result = result | ( input_4 & {16{sel[4]}});
    result = result | ( input_5 & {16{sel[5]}});
    MUX1HOT_v_16_6_2 = result;
  end
  endfunction


  function automatic [15:0] MUX1HOT_v_16_9_2;
    input [15:0] input_8;
    input [15:0] input_7;
    input [15:0] input_6;
    input [15:0] input_5;
    input [15:0] input_4;
    input [15:0] input_3;
    input [15:0] input_2;
    input [15:0] input_1;
    input [15:0] input_0;
    input [8:0] sel;
    reg [15:0] result;
  begin
    result = input_0 & {16{sel[0]}};
    result = result | ( input_1 & {16{sel[1]}});
    result = result | ( input_2 & {16{sel[2]}});
    result = result | ( input_3 & {16{sel[3]}});
    result = result | ( input_4 & {16{sel[4]}});
    result = result | ( input_5 & {16{sel[5]}});
    result = result | ( input_6 & {16{sel[6]}});
    result = result | ( input_7 & {16{sel[7]}});
    result = result | ( input_8 & {16{sel[8]}});
    MUX1HOT_v_16_9_2 = result;
  end
  endfunction


  function automatic [29:0] MUX1HOT_v_30_3_2;
    input [29:0] input_2;
    input [29:0] input_1;
    input [29:0] input_0;
    input [2:0] sel;
    reg [29:0] result;
  begin
    result = input_0 & {30{sel[0]}};
    result = result | ( input_1 & {30{sel[1]}});
    result = result | ( input_2 & {30{sel[2]}});
    MUX1HOT_v_30_3_2 = result;
  end
  endfunction


  function automatic [29:0] MUX1HOT_v_30_4_2;
    input [29:0] input_3;
    input [29:0] input_2;
    input [29:0] input_1;
    input [29:0] input_0;
    input [3:0] sel;
    reg [29:0] result;
  begin
    result = input_0 & {30{sel[0]}};
    result = result | ( input_1 & {30{sel[1]}});
    result = result | ( input_2 & {30{sel[2]}});
    result = result | ( input_3 & {30{sel[3]}});
    MUX1HOT_v_30_4_2 = result;
  end
  endfunction


  function automatic [4:0] MUX1HOT_v_5_3_2;
    input [4:0] input_2;
    input [4:0] input_1;
    input [4:0] input_0;
    input [2:0] sel;
    reg [4:0] result;
  begin
    result = input_0 & {5{sel[0]}};
    result = result | ( input_1 & {5{sel[1]}});
    result = result | ( input_2 & {5{sel[2]}});
    MUX1HOT_v_5_3_2 = result;
  end
  endfunction


  function automatic [4:0] MUX1HOT_v_5_4_2;
    input [4:0] input_3;
    input [4:0] input_2;
    input [4:0] input_1;
    input [4:0] input_0;
    input [3:0] sel;
    reg [4:0] result;
  begin
    result = input_0 & {5{sel[0]}};
    result = result | ( input_1 & {5{sel[1]}});
    result = result | ( input_2 & {5{sel[2]}});
    result = result | ( input_3 & {5{sel[3]}});
    MUX1HOT_v_5_4_2 = result;
  end
  endfunction


  function automatic [0:0] MUX_s_1_2_2;
    input [0:0] input_0;
    input [0:0] input_1;
    input [0:0] sel;
    reg [0:0] result;
  begin
    case (sel)
      1'b0 : begin
        result = input_0;
      end
      default : begin
        result = input_1;
      end
    endcase
    MUX_s_1_2_2 = result;
  end
  endfunction


  function automatic [15:0] MUX_v_16_2_2;
    input [15:0] input_0;
    input [15:0] input_1;
    input [0:0] sel;
    reg [15:0] result;
  begin
    case (sel)
      1'b0 : begin
        result = input_0;
      end
      default : begin
        result = input_1;
      end
    endcase
    MUX_v_16_2_2 = result;
  end
  endfunction


  function automatic [15:0] MUX_v_16_32_2x0x1x2x4x6x7x8x9x11x13x14x15x16x18x20x21x22x23x25x27x28x29x30;
    input [15:0] input_3;
    input [15:0] input_5;
    input [15:0] input_10;
    input [15:0] input_12;
    input [15:0] input_17;
    input [15:0] input_19;
    input [15:0] input_24;
    input [15:0] input_26;
    input [15:0] input_31;
    input [4:0] sel;
    reg [15:0] result;
  begin
    case (sel)
      5'b00011 : begin
        result = input_3;
      end
      5'b00101 : begin
        result = input_5;
      end
      5'b01010 : begin
        result = input_10;
      end
      5'b01100 : begin
        result = input_12;
      end
      5'b10001 : begin
        result = input_17;
      end
      5'b10011 : begin
        result = input_19;
      end
      5'b11000 : begin
        result = input_24;
      end
      5'b11010 : begin
        result = input_26;
      end
      default : begin
        result = input_31;
      end
    endcase
    MUX_v_16_32_2x0x1x2x4x6x7x8x9x11x13x14x15x16x18x20x21x22x23x25x27x28x29x30 =
        result;
  end
  endfunction


  function automatic [1:0] MUX_v_2_2_2;
    input [1:0] input_0;
    input [1:0] input_1;
    input [0:0] sel;
    reg [1:0] result;
  begin
    case (sel)
      1'b0 : begin
        result = input_0;
      end
      default : begin
        result = input_1;
      end
    endcase
    MUX_v_2_2_2 = result;
  end
  endfunction


  function automatic [29:0] MUX_v_30_2_2;
    input [29:0] input_0;
    input [29:0] input_1;
    input [0:0] sel;
    reg [29:0] result;
  begin
    case (sel)
      1'b0 : begin
        result = input_0;
      end
      default : begin
        result = input_1;
      end
    endcase
    MUX_v_30_2_2 = result;
  end
  endfunction


  function automatic [4:0] MUX_v_5_2_2;
    input [4:0] input_0;
    input [4:0] input_1;
    input [0:0] sel;
    reg [4:0] result;
  begin
    case (sel)
      1'b0 : begin
        result = input_0;
      end
      default : begin
        result = input_1;
      end
    endcase
    MUX_v_5_2_2 = result;
  end
  endfunction


  function automatic [5:0] conv_u2s_5_6 ;
    input [4:0]  vector ;
  begin
    conv_u2s_5_6 =  {1'b0, vector};
  end
  endfunction

endmodule

// ------------------------------------------------------------------
//  Design Unit:    fir
// ------------------------------------------------------------------


module fir (
  clk, rst, coeffs_rsc_z, coeffs_rsc_triosy_lz, in1_rsc_dat, in1_rsc_triosy_lz, out1_rsc_dat,
      out1_rsc_triosy_lz
);
  input clk;
  input rst;
  input [511:0] coeffs_rsc_z;
  output coeffs_rsc_triosy_lz;
  input [15:0] in1_rsc_dat;
  output in1_rsc_triosy_lz;
  output [15:0] out1_rsc_dat;
  output out1_rsc_triosy_lz;


  // Interconnect Declarations
  wire [9:0] regs_rsci_adra_d;
  wire [1:0] regs_rsci_wea_d;
  wire [15:0] regs_rsci_da_d;
  wire [1:0] regs_rsci_rea_d;
  wire [31:0] regs_rsci_qa_d;
  wire [1:0] regs_rsci_rwportA_rw_ram_ir_internal_RMASK_B_d;
  wire [1:0] regs_rsci_rwportA_rw_ram_ir_internal_WMASK_B_d;
  wire [15:0] regs_rsc_qb;
  wire regs_rsc_reb;
  wire [15:0] regs_rsc_db;
  wire regs_rsc_web;
  wire [4:0] regs_rsc_adrb;
  wire [15:0] regs_rsc_qa;
  wire regs_rsc_rea;
  wire [15:0] regs_rsc_da;
  wire regs_rsc_wea;
  wire [4:0] regs_rsc_adra;


  // Interconnect Declarations for Component Instantiations 
  wire [31:0] nl_regs_rsci_da_d;
  assign nl_regs_rsci_da_d = {16'b0000000000000000 , regs_rsci_da_d};
  M10K_DP #(.data_width(32'sd16),
  .addr_width(32'sd5),
  .depth(32'sd32)) regs_rsc_comp (
      .clk(clk),
      .adra(regs_rsc_adra),
      .adrb(regs_rsc_adrb),
      .wea(regs_rsc_wea),
      .web(regs_rsc_web),
      .da(regs_rsc_da),
      .db(regs_rsc_db),
      .rea(regs_rsc_rea),
      .reb(regs_rsc_reb),
      .qa(regs_rsc_qa),
      .qb(regs_rsc_qb)
    );
  fir_Altera_M10K_M10K_DP_rwport_4_16_5_32_32_16_gen regs_rsci (
      .qb(regs_rsc_qb),
      .reb(regs_rsc_reb),
      .db(regs_rsc_db),
      .web(regs_rsc_web),
      .adrb(regs_rsc_adrb),
      .qa(regs_rsc_qa),
      .rea(regs_rsc_rea),
      .da(regs_rsc_da),
      .wea(regs_rsc_wea),
      .adra(regs_rsc_adra),
      .adra_d(regs_rsci_adra_d),
      .wea_d(regs_rsci_wea_d),
      .da_d(nl_regs_rsci_da_d[31:0]),
      .rea_d(regs_rsci_rea_d),
      .qa_d(regs_rsci_qa_d),
      .rwportA_rw_ram_ir_internal_RMASK_B_d(regs_rsci_rwportA_rw_ram_ir_internal_RMASK_B_d),
      .rwportA_rw_ram_ir_internal_WMASK_B_d(regs_rsci_rwportA_rw_ram_ir_internal_WMASK_B_d)
    );
  fir_core fir_core_inst (
      .clk(clk),
      .rst(rst),
      .coeffs_rsc_z(coeffs_rsc_z),
      .coeffs_rsc_triosy_lz(coeffs_rsc_triosy_lz),
      .in1_rsc_dat(in1_rsc_dat),
      .in1_rsc_triosy_lz(in1_rsc_triosy_lz),
      .out1_rsc_dat(out1_rsc_dat),
      .out1_rsc_triosy_lz(out1_rsc_triosy_lz),
      .regs_rsci_adra_d(regs_rsci_adra_d),
      .regs_rsci_wea_d(regs_rsci_wea_d),
      .regs_rsci_da_d(regs_rsci_da_d),
      .regs_rsci_rea_d(regs_rsci_rea_d),
      .regs_rsci_qa_d(regs_rsci_qa_d),
      .regs_rsci_rwportA_rw_ram_ir_internal_RMASK_B_d(regs_rsci_rwportA_rw_ram_ir_internal_RMASK_B_d),
      .regs_rsci_rwportA_rw_ram_ir_internal_WMASK_B_d(regs_rsci_rwportA_rw_ram_ir_internal_WMASK_B_d)
    );
endmodule